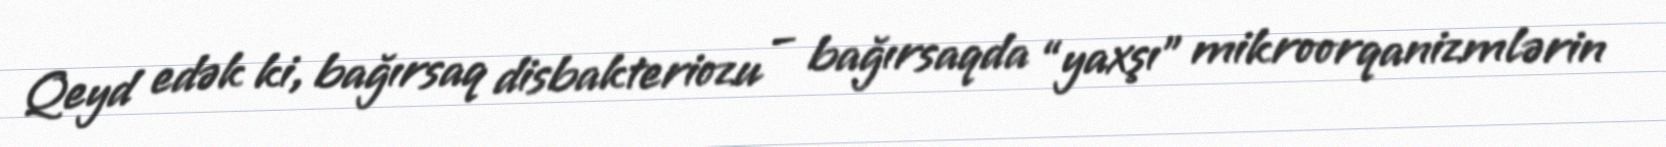
Qeyd edək ki, bağırsaq disbakteriozu – bağırsaqda “yaxşı” mikroorqanizmlərin